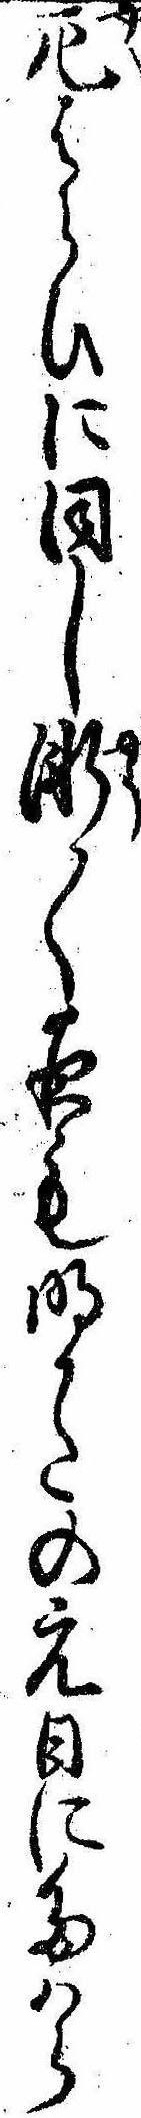
厄はらひに同し漸〱夜も明かたの元日にたはら